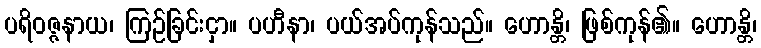
ပရိဝဇ္ဇနာယ၊ ကြဉ်ခြင်းငှာ။ ပဟီနာ၊ ပယ်အပ်ကုန်သည်။ ဟောန္တိ၊ ဖြစ်ကုန်၏။ ဟောန္တိ၊